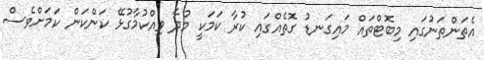
އެތަންތަނުގައި މިބޮޓްތައް މައިގަނޑު ގޮތެއްގައި ކުރާ ކަމަކީ މުދާ ވިއްކުމާގުޅޭ ކަންކަން ކަމަށްވެސް